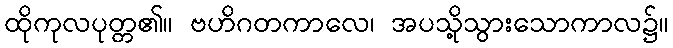
ထိုကုလပုတ္တ၏။ ဗဟိဂတကာလေ၊ အပသို့သွားသောကာလ၌။